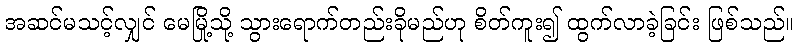
အဆင်မသင့်လျှင် မေမြို့သို့ သွားရောက်တည်းခိုမည်ဟု စိတ်ကူး၍ ထွက်လာခဲ့ခြင်း ဖြစ်သည်။